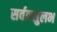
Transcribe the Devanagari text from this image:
सर्वत्रसुलभ